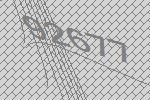
92677